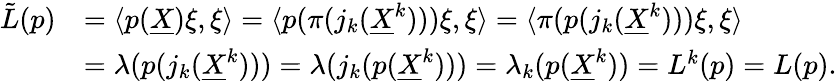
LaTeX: \begin{array}{rl}{\tilde{L}(p)}&{=\langle p(\underline{X})\xi,\xi\rangle=\langle p(\pi(j_{k}(\underline{X}^{k})))\xi,\xi\rangle=\langle\pi(p(j_{k}(\underline{X}^{k})))\xi,\xi\rangle}\\ &{=\lambda(p(j_{k}(\underline{X}^{k})))=\lambda(j_{k}(p(\underline{X}^{k})))=\lambda_{k}(p(\underline{X}^{k}))=L^{k}(p)=L(p).}\end{array}